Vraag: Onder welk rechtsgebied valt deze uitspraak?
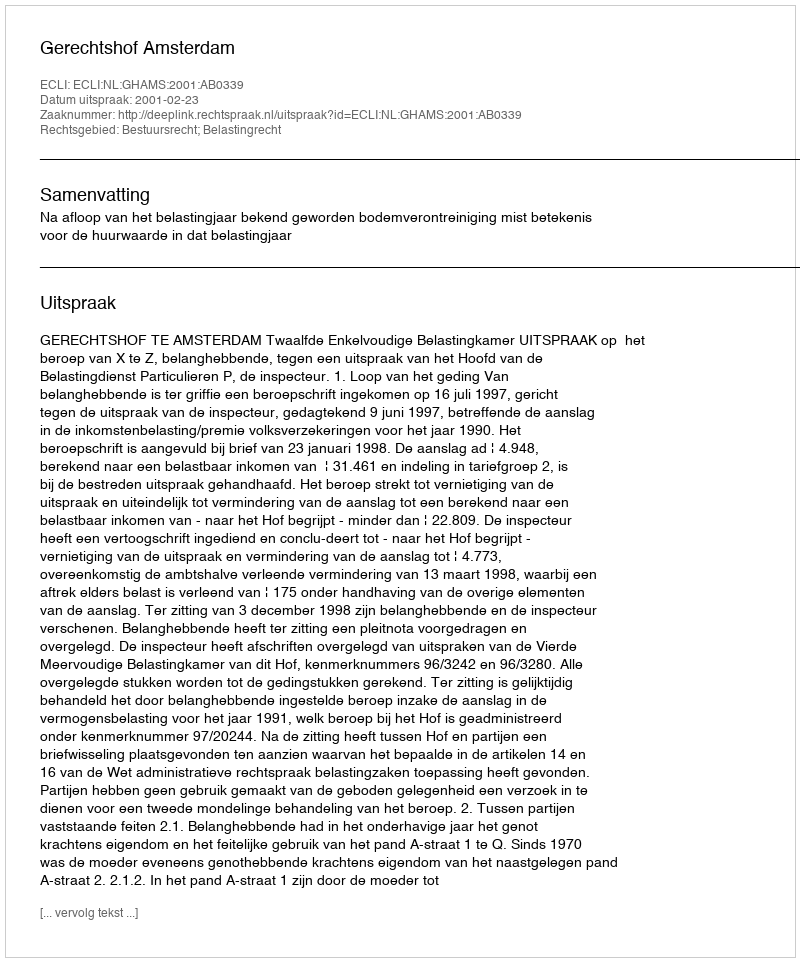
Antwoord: Bestuursrecht; Belastingrecht